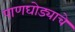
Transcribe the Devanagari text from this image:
पाणघोड्याचे